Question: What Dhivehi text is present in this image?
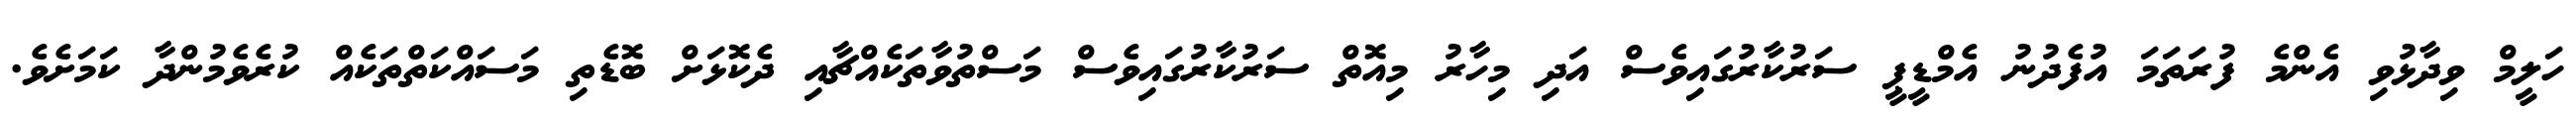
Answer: ހަލީމް ވިދާޅުވި އެންމެ ފުރަތަމަ އުފެދުނު އެމްޑީޕީ ސަރުކާރުގައިވެސް އަދި މިހާރު މިއޮތް ސަރުކާރުގައިވެސް މަސްތުވާތަކެއްޗާއި ދެކޮޅަށް ބޮޑެތި މަސައްކަތްތަކެއް ކުރެވެމުންދާ ކަމަށެވެ.